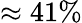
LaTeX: \approx 41\%